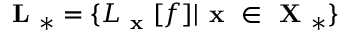
\textbf { L } _ { * } = \{ L _ { \textbf { x } } [ f ] | \textbf { x } \in \textbf { X } _ { * } \}